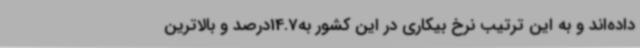
داده‌اند و به این‌ ترتیب نرخ بیکاری در این کشور به14.7درصد و بالاترین